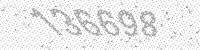
Solution: 136698